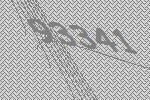
93341